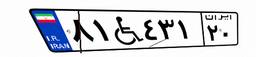
۸۱W۴۳۱۲۰